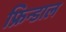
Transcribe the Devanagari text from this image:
फ्रिन्डाल